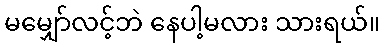
မမျှော်လင့်ဘဲ နေပါ့မလား သားရယ်။